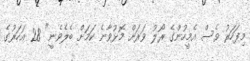
މިފަހަރު ވެސް އެމީހުންގެ ރޯލު ވަރަށް މޮޅުވާނެ ކަމަށް ބެލެވެނީ" 28 އަހަރުގެ